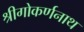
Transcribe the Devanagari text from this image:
श्रीगोकर्णनाथ